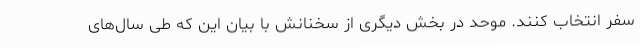
سفر انتخاب کنند. موحد در بخش دیگری از سخنانش با بیان این که طی سال‌های